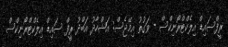
ރީފްސައިޑް އިލެކްޓްރޯނިކްސް - ވަގުތު އިމޭޖެސް: އަޝްހާދު އަބްދު ރީފް ސައިޑް އިލެކްޓްރޯނިކްސް